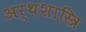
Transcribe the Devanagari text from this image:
अर्थशास्त्रि